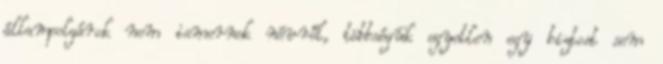
állampolgárok nem ismernek névről, többségük egyetlen egy biztost sem